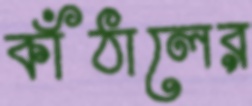
কাঁঠালের